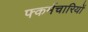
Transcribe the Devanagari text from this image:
फ्कर्मचारियों